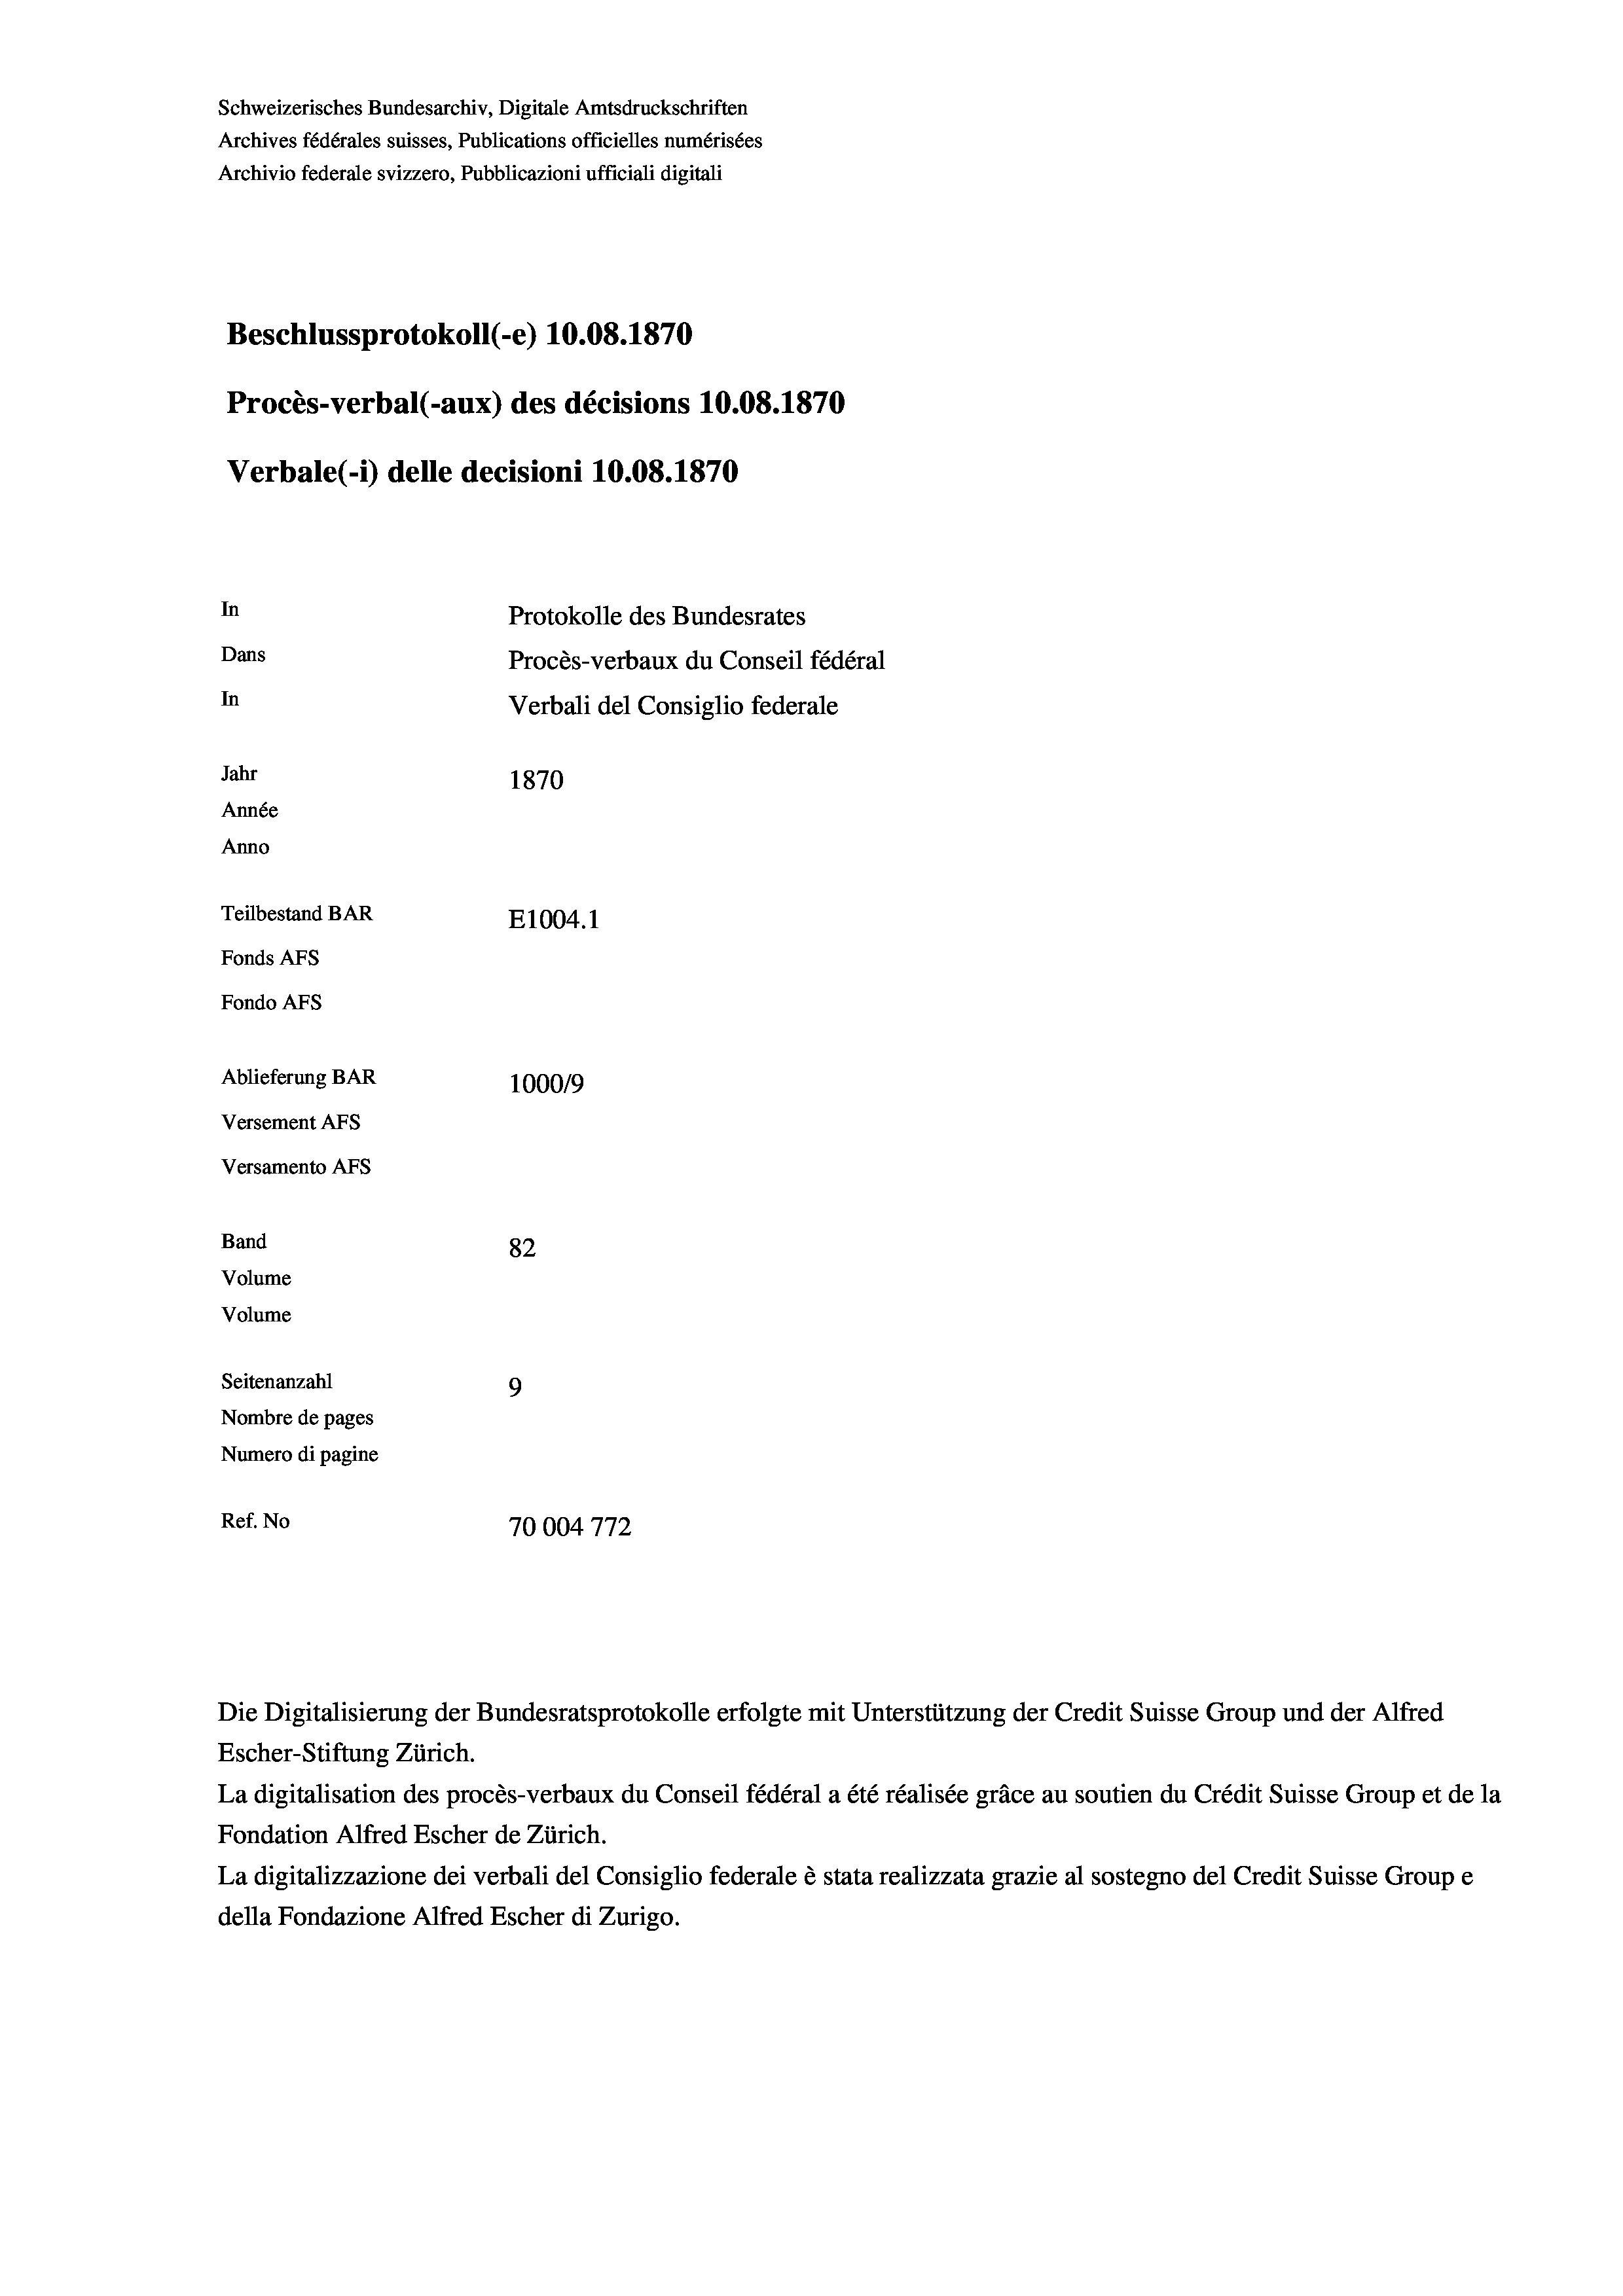
Schweizerisches Bundesarchiv, Digitale Amtsdruckschriften
Archives fédérales suisses, Publications officielles numérisées
Archivio federale svizzero, Pubblicazioni ufficiali digitali
Beschlussprotokoll (-e) 10.08. 1870
Procès-verbal (-aux) des décisions 10.08. 1870
Verbale (1) delle decisioni 10.08. 1870
In
Protokolle des Bundesrates
Dans
Procès-verbaux du Conseil fédéral
In
Verbali del Consiglio federale
Jahr
1870
Année
Anno
Teilbestand BAR
E1004.1
Fonds AFs
Fondo AFs
Ablieferung BAR
1000/9
Versement AFS
Versamento Afs
Band
82
Volume
Volume
Seitenanzahl
9
Nombre de pages
Numero di pagine
Ref. No
70004772

La digitalisation des procès-verbaux du Conseil fédéral a été réalisée gräce au soutien du Crédit Suisse Group et de la
Fondation Alfred Escher de Zürich.
La digitalizzazione dei verbali del Consiglio federale è stata realizzata grazie al sostegno del Credit Suisse Groupe
della Fondazione Alfred Escher di Zurigo.

Die Digitalisierung der Bundesratsprotokolle erfolgte mit Unterstützung der Credit Suisse Group und der Alfred
Escher-Stiftung Zürich.